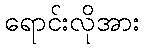
ရောင်းလိုအား